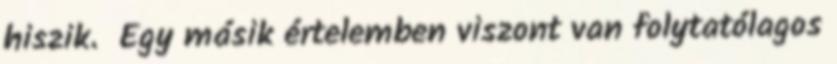
hiszik. Egy másik értelemben viszont van folytatólagos